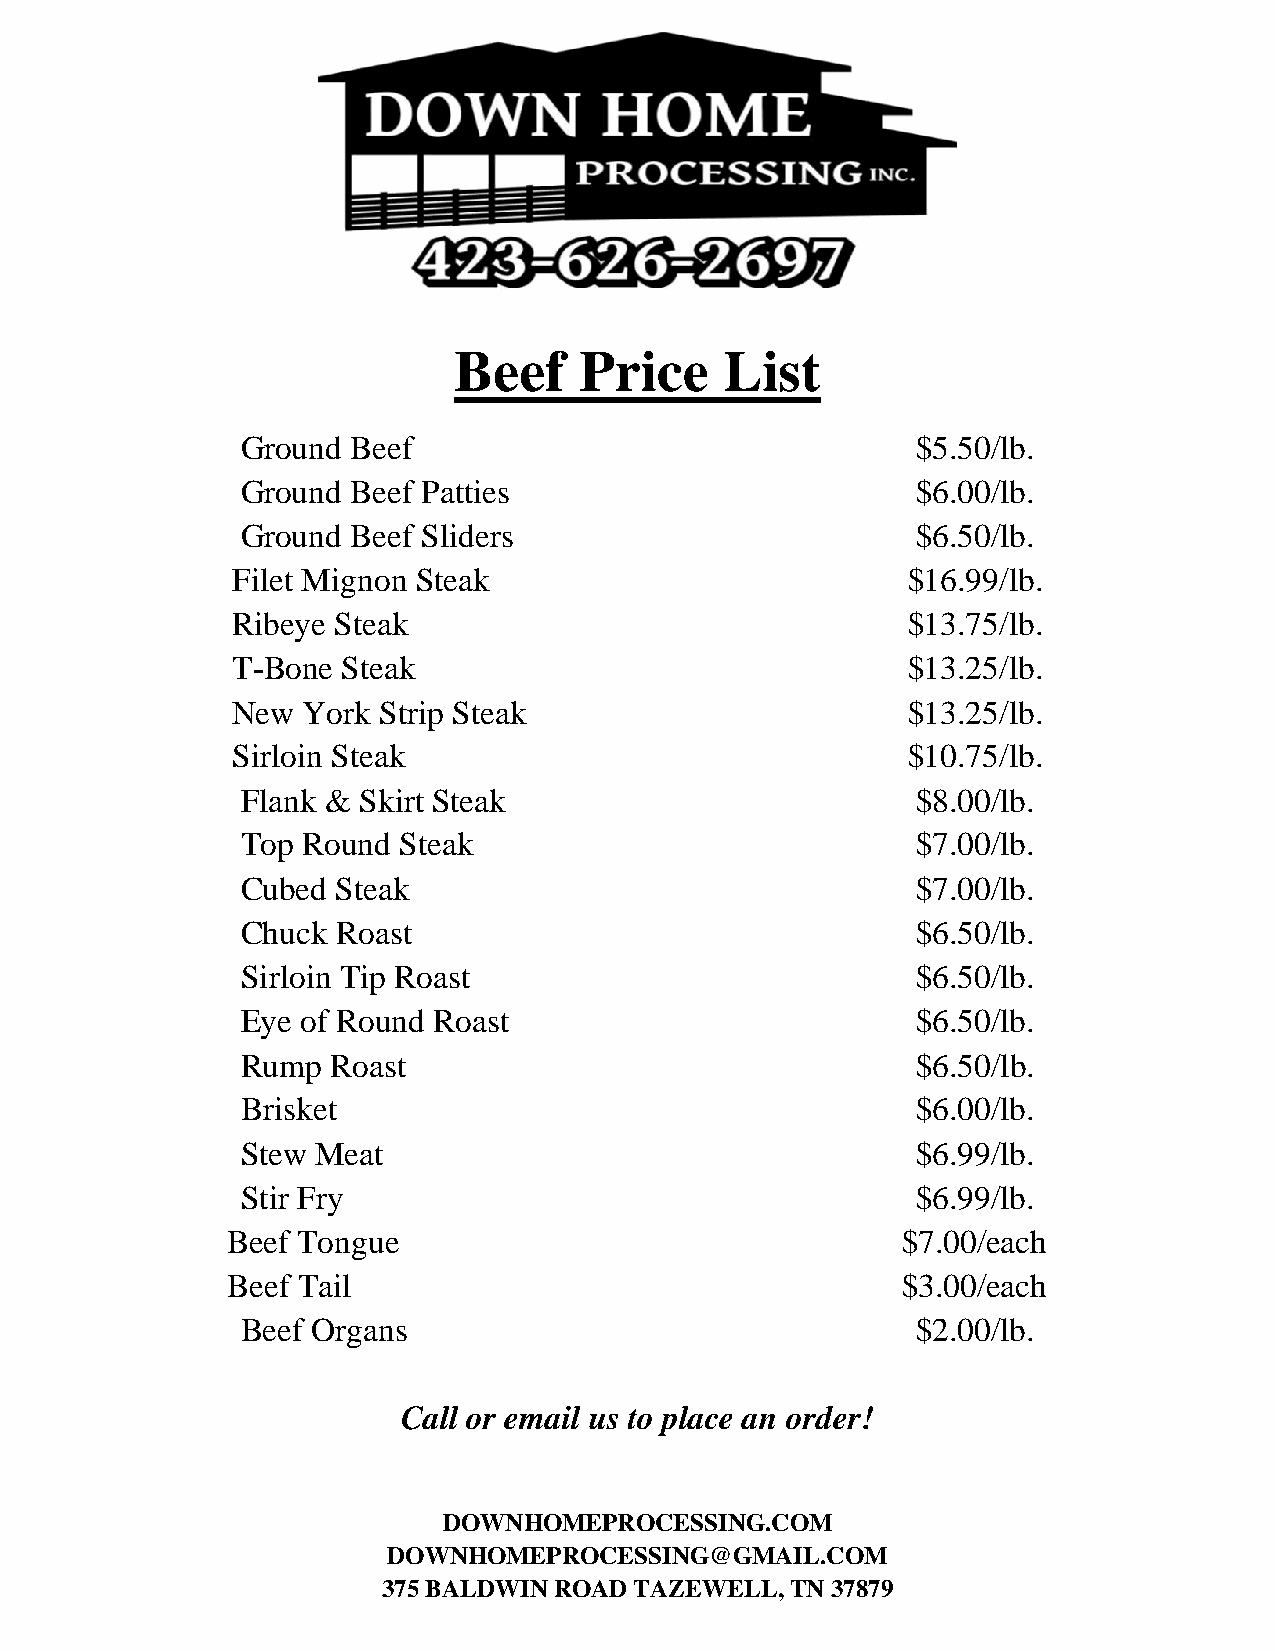
Beef    Price     List
 Ground Beef                                  $5.50/lb.
 Ground Beef Patties                          $6.00/lb.
 Ground Beef Sliders                          $6.50/lb.
 Filet Mignon Steak                           $16.99/lb.
 Ribeye Steak                                 $13.75/lb.
 T-Bone  Steak                                $13.25/lb.
 New  York Strip Steak                        $13.25/lb.
 Sirloin Steak                                $10.75/lb.
 Flank & Skirt Steak                          $8.00/lb.
 Top Round Steak                              $7.00/lb.
 Cubed Steak                                  $7.00/lb.
 Chuck Roast                                  $6.50/lb.
 Sirloin Tip Roast                            $6.50/lb.
 Eye of Round Roast                           $6.50/lb.
 Rump  Roast                                  $6.50/lb.
 Brisket                                      $6.00/lb.
 Stew Meat                                    $6.99/lb.
 Stir Fry                                     $6.99/lb.
 Beef Tongue                                  $7.00/each
 Beef Tail                                    $3.00/each
 Beef Organs                                  $2.00/lb.
 Call or email us to place an order!
 DOWNHOMEPROCESSING.COM
 DOWNHOMEPROCESSING@GMAIL.COM
 375 BALDWIN ROAD TAZEWELL, TN 37879